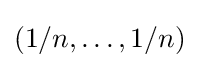
(1/n,\ldots ,1/n)